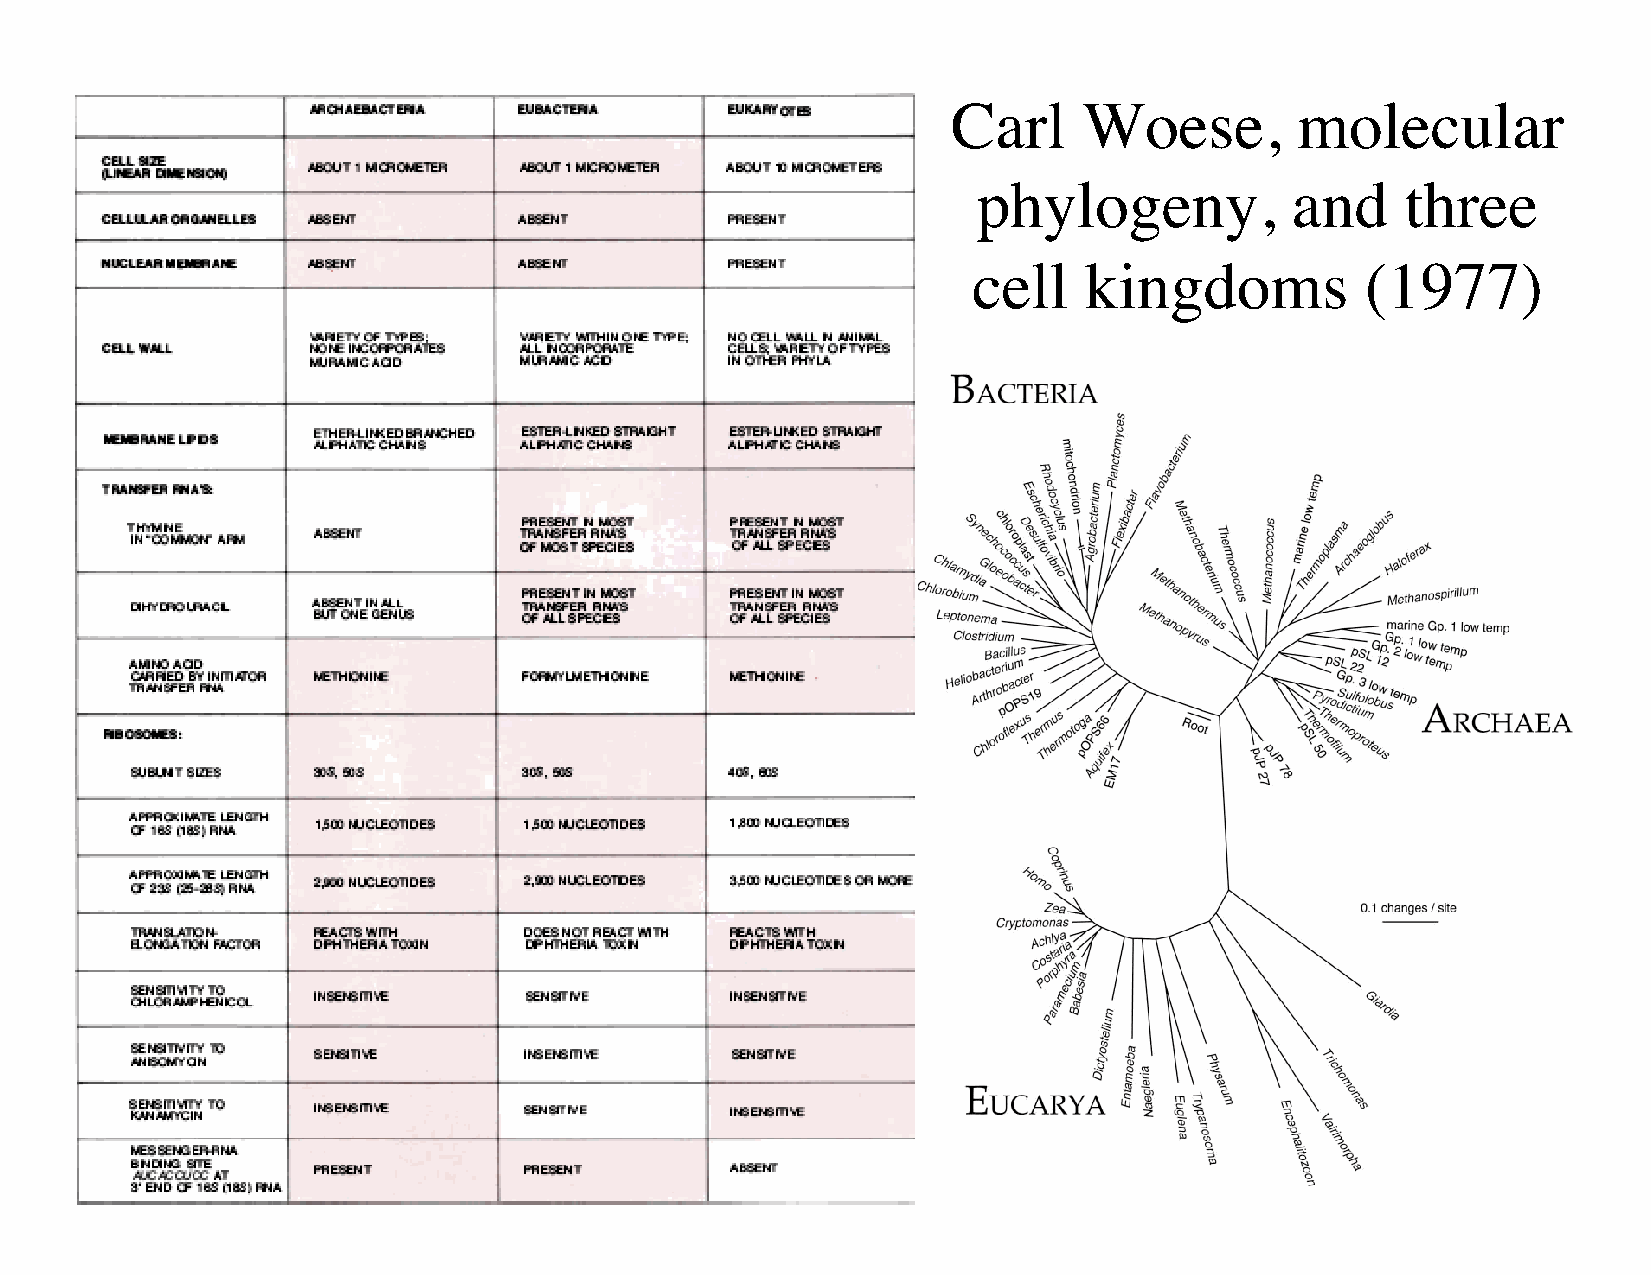
Carl     Woese,        molecular
 phylogeny,          and     three
 cell    kingdoms          (1977)